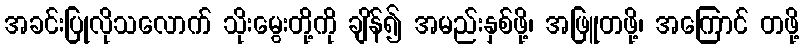
အခင်းပြုလိုသလောက် သိုးမွေးတို့ကို ချိန်၍ အမည်းနှစ်ဖို့၊ အဖြူတဖို့၊ အကြောင် တဖို့